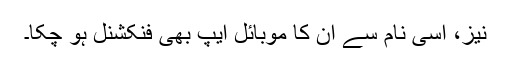
نیز، اِسی نام سے اِن کا موبائل ایپ بھی فنکشنل ہو چکا۔